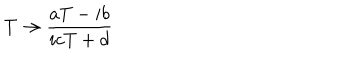
T \rightarrow \frac { a T - i b } { i c T + d } \nonumber